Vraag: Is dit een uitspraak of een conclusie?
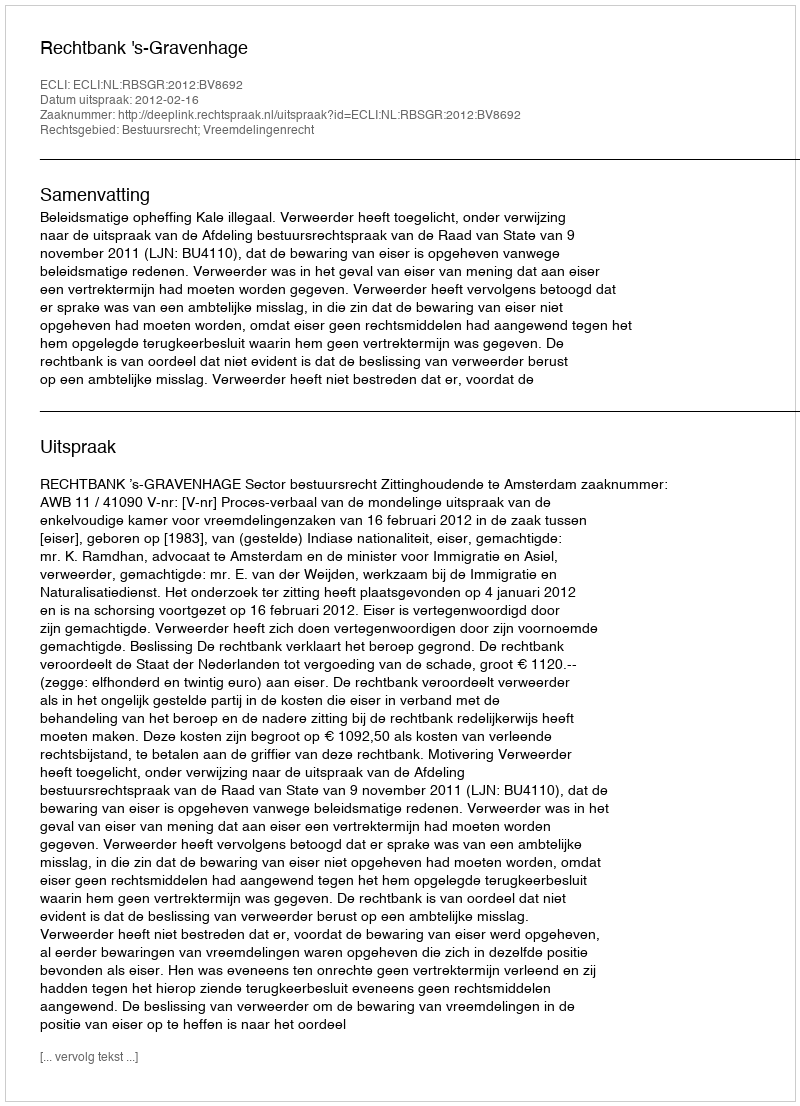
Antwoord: Uitspraak